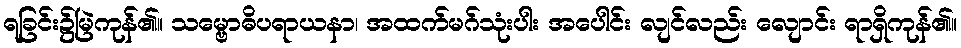
ရခြင်း၌မြဲကုန်၏။ သမ္ဗောဓိပရာယနာ၊ အထက်မဂ်သုံးပါး အပေါင်း လျင်လည်း လျောင်း ရာရှိကုန်၏။